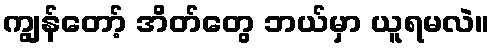
ကျွန်တော့် အိတ်တွေ ဘယ်မှာ ယူရမလဲ။